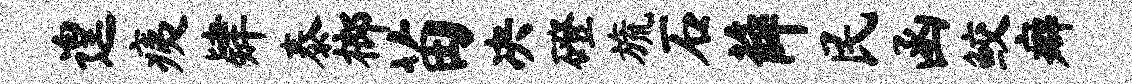
遑痍肄泰榔苗决磴旒石薛民函鲛癖